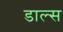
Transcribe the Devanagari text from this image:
डाल्स